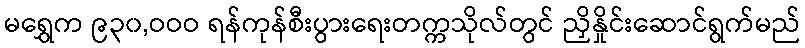
မရွှေက ၉၃၀,ဝဝဝ ရန်ကုန်စီးပွားရေးတက္ကသိုလ်တွင် ညှိနှိုင်းဆောင်ရွက်မည်